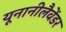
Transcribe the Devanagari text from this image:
यूनानीलैवेंडर